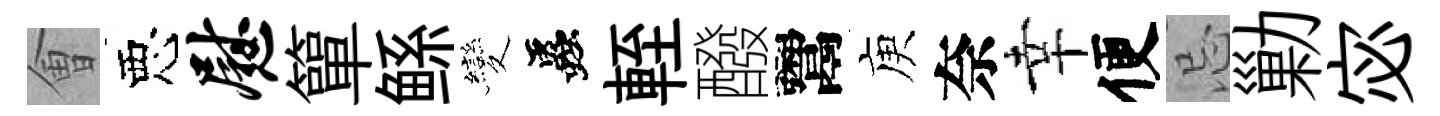
㑹惡慰簞鲧變蟲輊醱鬻庾奈幸便忌勦宓